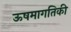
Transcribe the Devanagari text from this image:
ऊषमागतिकी